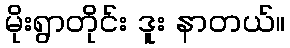
မိုးရွာတိုင်း ဒူး နာတယ်။